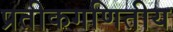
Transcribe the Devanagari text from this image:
प्रतीकगणितीय